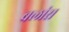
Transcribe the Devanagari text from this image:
बलांस